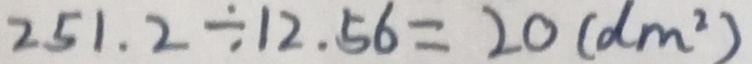
2 5 1 . 2 \div 1 2 . 5 6 = 2 0 ( d m ^ { 2 } )